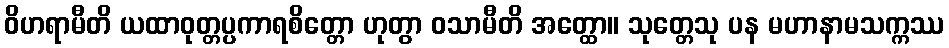
ဝိဟရာမီတိ ယထာဝုတ္တပ္ပကာရစိတ္တော ဟုတွာ ဝသာမီတိ အတ္ထော။ သုတ္တေသု ပန မဟာနာမသက္ကဿ